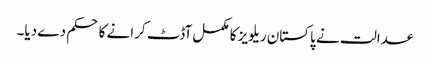
عدالت نے پاکستان ریلویز کا مکمل آڈٹ کرانے کا حکم دے دیا۔